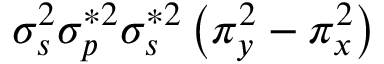
\sigma _ { s } ^ { 2 } \sigma _ { p } ^ { * 2 } \sigma _ { s } ^ { * 2 } \left( \pi _ { y } ^ { 2 } - \pi _ { x } ^ { 2 } \right)